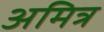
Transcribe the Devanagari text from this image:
अमित्र